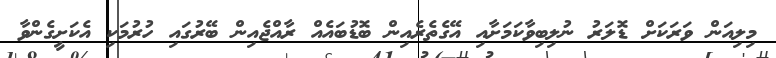
މިލިއަން ވަރަކަށް ޑޮލަރު ނުލިބިވާކަމަށާއި އޭގެތެރެއިން ބޮޑުބައެއް ރާއްޖެއިން ބޭރުގައި ހުރުމަކި އެކަށީގެންވާ